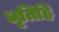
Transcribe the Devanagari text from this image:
धृतिहि